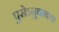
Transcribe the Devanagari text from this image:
पुरोऽनुवाक्या